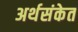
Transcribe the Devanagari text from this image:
अर्थसंकेत